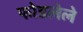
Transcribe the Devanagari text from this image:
फोडलेले